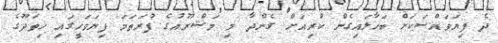
ދެ ފިޔަވައްސަކަށް ބަހާލައިގެން ކުރިއަށް ގެންދާ މި މަޝްރޫއުގެ ފުރަތަމަ ފިޔަވަހީގައި ހިތަދޫގެ